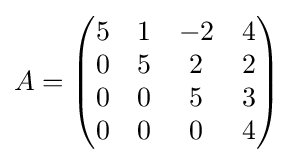
A={\begin{pmatrix}5&1&-2&4\\0&5&2&2\\0&0&5&3\\0&0&0&4\end{pmatrix}}